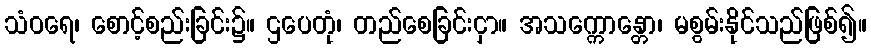
သံဝရေ၊ စောင့်စည်းခြင်း၌။ ဌပေတုံ၊ တည်စေခြင်းငှာ။ အသက္ကောန္တော၊ မစွမ်းနိုင်သည်ဖြစ်၍။